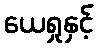
ယေရှုနှင့်